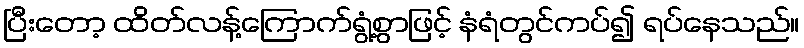
ပြီးတော့ ထိတ်လန့်ကြောက်ရွံ့စွာဖြင့် နံရံတွင်ကပ်၍ ရပ်နေသည်။